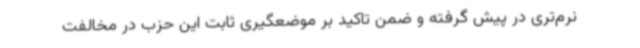
نرم‌تری در پیش گرفته و ضمن تاکید بر موضعگیری ثابت این حزب در مخالفت